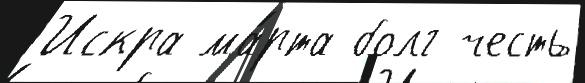
Искра ма́рта болг честь